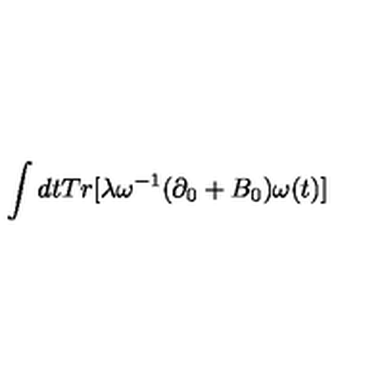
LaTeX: \int d t T r [ \lambda \omega ^ { - 1 } ( \partial _ { 0 } + B _ { 0 } ) \omega ( t ) ]